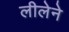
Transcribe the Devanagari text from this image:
लीलेने